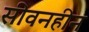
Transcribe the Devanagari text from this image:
सीवनहीन